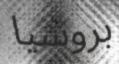
بروسيا